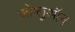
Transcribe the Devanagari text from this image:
जोग्लुऑन